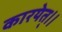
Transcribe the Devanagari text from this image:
कारयेत्।।